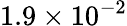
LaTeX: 1.9\times 10^{-2}